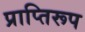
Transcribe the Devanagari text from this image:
प्राप्तिरूप